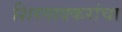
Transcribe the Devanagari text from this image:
शिरगावकरांचा